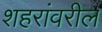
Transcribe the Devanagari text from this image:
शहरांवरील